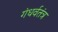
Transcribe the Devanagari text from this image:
गंधर्वतंत्र